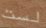
لست